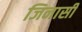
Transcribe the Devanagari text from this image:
जिनासी